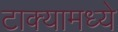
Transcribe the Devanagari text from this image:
टाक्यामध्ये